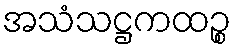
အသံသဋ္ဌကထဉ္စ